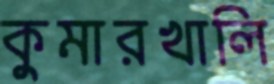
কুমারখালি